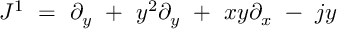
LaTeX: J ^ { 1 } \ = \ \partial _ { y } \ + \ y ^ { 2 } \partial _ { y } \ + \ x y \partial _ { x } \ - \ j y